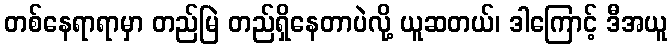
တစ်နေရာရာမှာ တည်မြဲ တည်ရှိနေတာပဲလို့ ယူဆတယ်၊ ဒါကြောင့် ဒီအယူ